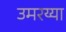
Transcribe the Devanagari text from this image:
उमरय्या